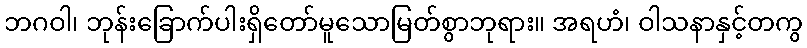
ဘဂဝါ၊ ဘုန်းခြောက်ပါးရှိတော်မူသောမြတ်စွာဘုရား။ အရဟံ၊ ဝါသနာနှင့်တကွ